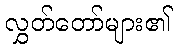
လွှတ်တော်များ၏